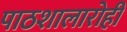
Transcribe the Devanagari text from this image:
पाठशालारोही